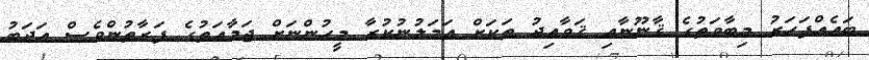
ބައެއްފަހަރު މިބާވަތުގެ ޤާނޫނާއި ޤަވާޢިދު ތަކަށް އަމަލުނުކުރާ މީހުންނަށް ޖަމާޢަތުގެ ފަރާތުންވެސް އަދަބު